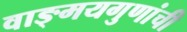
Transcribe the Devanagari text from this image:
वाङ्‌मयगुणांची